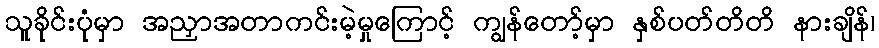
သူခိုင်းပုံမှာ အညှာအတာကင်းမဲ့မှုကြောင့် ကျွန်တော့်မှာ နှစ်ပတ်တိတိ နားချိန်၊